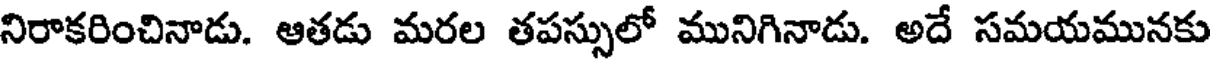
నిరాకరించినాడు. ఆతడు మరల తపస్సులో మునిగినాడు. అదే సమయమునకు